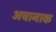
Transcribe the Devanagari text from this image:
अचानाक